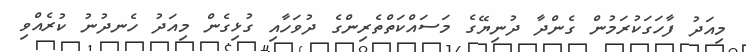
މިއަދު ފާހަގަކުރަމުން ގެންދާ ދުނިޔޭގެ މަސައްކަތްތެރިންގެ ދުވަހާއި ގުޅިގެން މިއަދު ހެނދުނު ކުރެއްވި